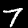
Label: 7